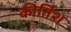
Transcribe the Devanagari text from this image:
कीर्तिश